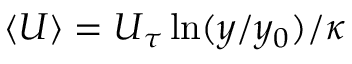
\langle U \rangle = U _ { \tau } \ln ( y / y _ { 0 } ) / \kappa